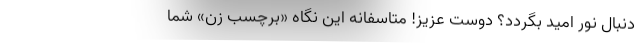
دنبال نور امید بگردد؟ دوست عزیز! متاسفانه این نگاه «برچسب زن» شما